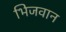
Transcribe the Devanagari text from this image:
भिजवान